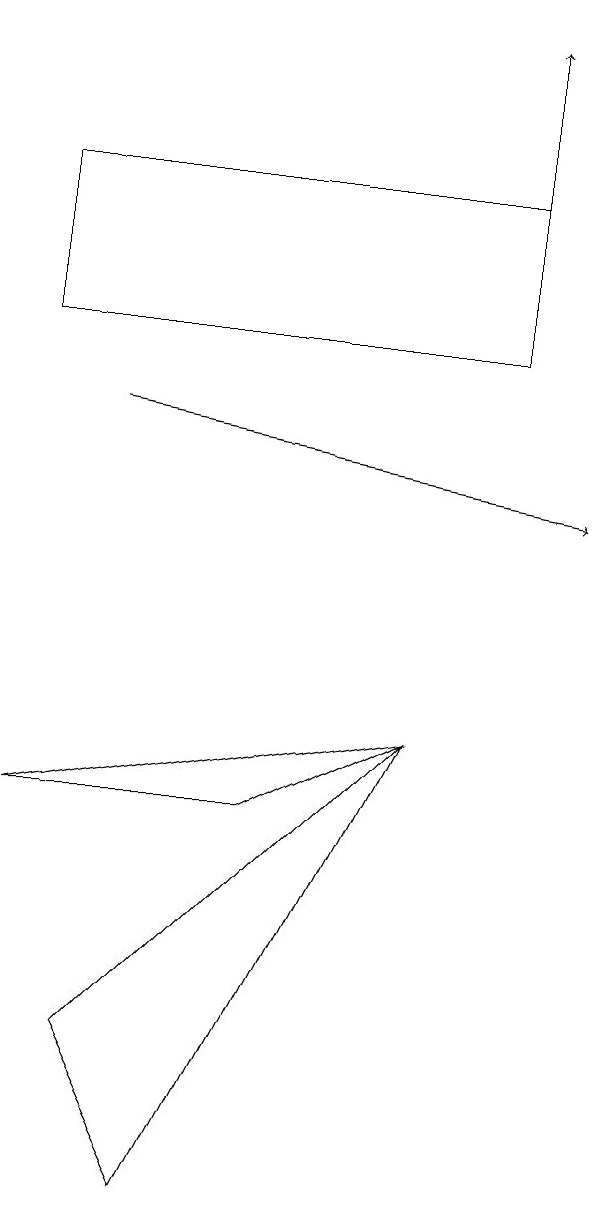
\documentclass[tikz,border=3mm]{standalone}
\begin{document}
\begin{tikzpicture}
\draw (5,7) -- (3,6) -- (0,6) -- cycle;
\draw (1,3) -- (5,7) -- (2,1) -- cycle;
\draw[->] (6,14) -- (6,16);
\draw (0,14) rectangle (6,12);
\draw[->] (1,11) -- (7,10);
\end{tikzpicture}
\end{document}